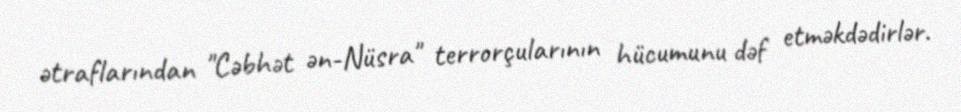
ətraflarından "Cəbhət ən-Nüsra" terrorçularının hücumunu dəf etməkdədirlər.